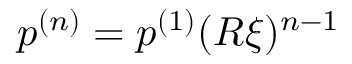
p ^ { ( n ) } = p ^ { ( 1 ) } ( R \xi ) ^ { n - 1 }